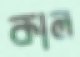
কাল